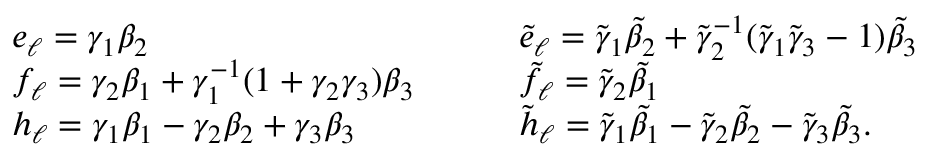
\begin{array} { l l } { e _ { \ell } = \gamma _ { 1 } \beta _ { 2 } } & { \tilde { e } _ { \ell } = \tilde { \gamma } _ { 1 } \tilde { \beta } _ { 2 } + \tilde { \gamma } _ { 2 } ^ { - 1 } ( \tilde { \gamma } _ { 1 } \tilde { \gamma } _ { 3 } - 1 ) \tilde { \beta } _ { 3 } } \\ { f _ { \ell } = \gamma _ { 2 } \beta _ { 1 } + \gamma _ { 1 } ^ { - 1 } ( 1 + \gamma _ { 2 } \gamma _ { 3 } ) \beta _ { 3 } { \quad \quad } } & { \tilde { f } _ { \ell } = \tilde { \gamma } _ { 2 } \tilde { \beta } _ { 1 } } \\ { h _ { \ell } = \gamma _ { 1 } \beta _ { 1 } - \gamma _ { 2 } \beta _ { 2 } + \gamma _ { 3 } \beta _ { 3 } } & { \tilde { h } _ { \ell } = \tilde { \gamma } _ { 1 } \tilde { \beta } _ { 1 } - \tilde { \gamma } _ { 2 } \tilde { \beta } _ { 2 } - \tilde { \gamma } _ { 3 } \tilde { \beta } _ { 3 } . } \end{array}